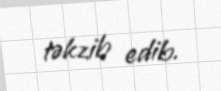
təkzib edib.